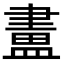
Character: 𥂛